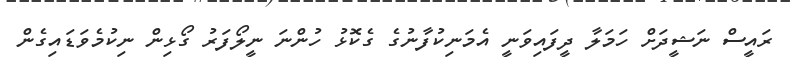
ރައީސް ނަޝީދަށް ހަމަލާ ދީފައިވަނީ އެމަނިކުފާނުގެ ގެކޮޅު ހުންނަ ނީލޯފަރު ގޯޅިން ނިކުމެވަޑައިގެން